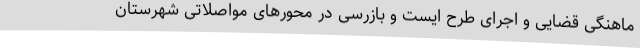
ماهنگی قضایی و اجرای طرح ایست و بازرسی در محورهای مواصلاتی شهرستان